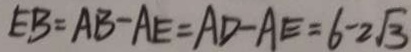
E B = A B - A E = A D - A E = 6 - 2 \sqrt { 3 }